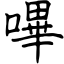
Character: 嗶